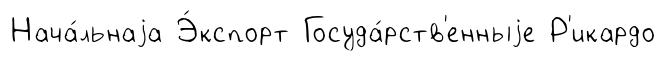
Нача́льнаjа Э́кспорт Госуда́рств'енныjе Р'икардо